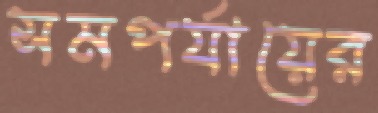
সমপর্যায়ের